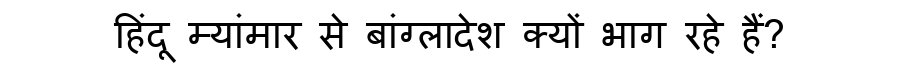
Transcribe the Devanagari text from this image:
हिंदू म्यांमार से बांग्लादेश क्यों भाग रहे हैं?